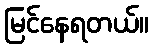
မြင်နေရတယ်။